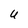
Character: U